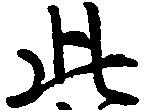
此